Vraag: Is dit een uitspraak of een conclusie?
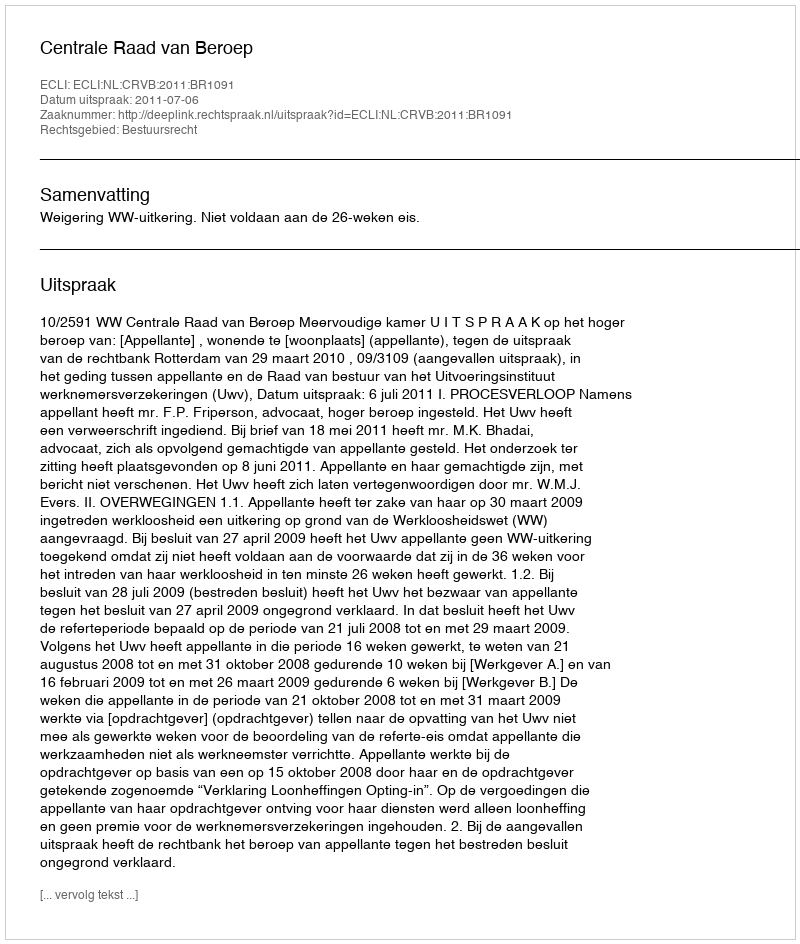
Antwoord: Uitspraak